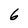
Character: 6